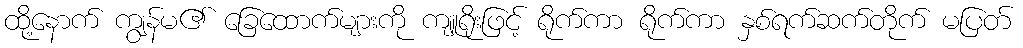
ထို့နောက် ကျွန်မ၏ ခြေထောက်များကို ကျူရိုးဖြင့် ရိုက်ကာ ရိုက်ကာ နှစ်ရက်ဆက်တိုက် မပြတ်